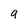
Character: a